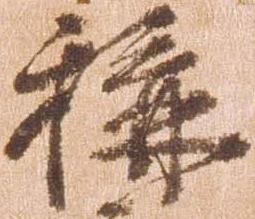
称